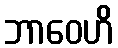
ဘာဝေဟိ